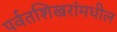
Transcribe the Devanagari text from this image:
पर्वतशिखरांमधील